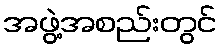
အဖွဲ့အစည်းတွင်